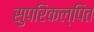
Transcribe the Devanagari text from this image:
सुपरिकल्पित